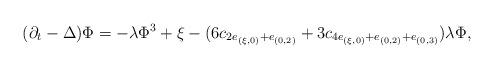
LaTeX: \begin{align*}(\partial_t - \Delta)\Phi = -\lambda \Phi^3 + \xi - (6 c_{2e_{(\xi,0)} + e_{(0,2)}} + 3 c_{4e_{(\xi,0)} + e_{(0,2)} + e_{(0,3)}}) \lambda \Phi,\end{align*}